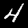
Label: 4